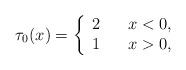
LaTeX: \begin{align*}\tau_{0}(x)=\left\{\begin{array}{lcl} 2 & & x<0, \\ 1 & & x>0,\end{array}\right.\end{align*}